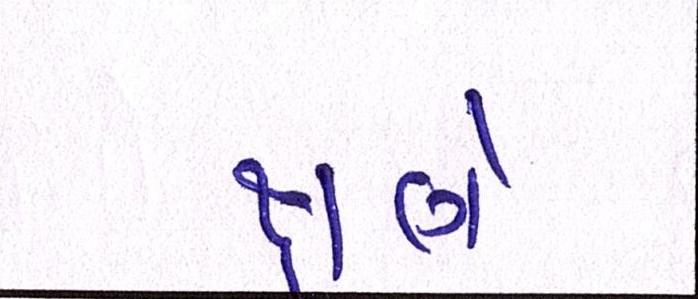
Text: ક્ષણે